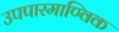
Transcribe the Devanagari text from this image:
उपपारमाण्विक